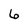
Character: 6